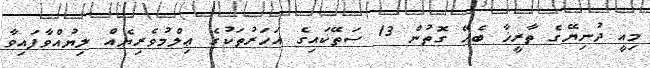
މިއީ ދުނިޔޭގެ ތާރީޚާ ބެހޭ ގޮތުން 13 ސަތޭކައިގެ އަހަރުތަކުގެ ޢިލްމުވެރިޔެއް ލިޔުއްވާފައިވާ